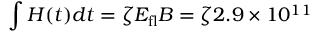
\int H ( t ) d t = \zeta E _ { \mathrm { f l } } B = \zeta 2 . 9 \times 1 0 ^ { 1 1 }